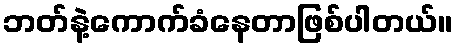
ဘတ်နဲ့ကောက်ခံနေတာဖြစ်ပါတယ်။